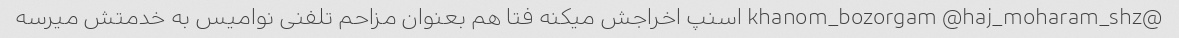
@khanom_bozorgam @haj_moharam_shz اسنپ اخراجش میکنه فتا هم بعنوان مزاحم تلفنی نوامیس به خدمتش میرسه